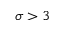
\sigma > 3